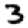
Digit: 3